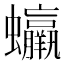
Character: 𧕳